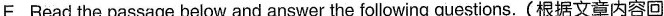
E. Read the passage below and answer the following questions.(根据文章内容回 答问题。)